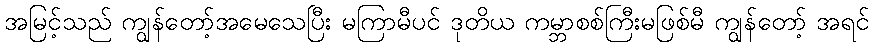
အမြင့်သည် ကျွန်တော့်အမေသေပြီး မကြာမီပင် ဒုတိယ ကမ္ဘာစစ်ကြီးမဖြစ်မီ ကျွန်တော့် အရင်